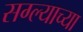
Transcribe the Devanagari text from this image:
सग्ल्याच्या